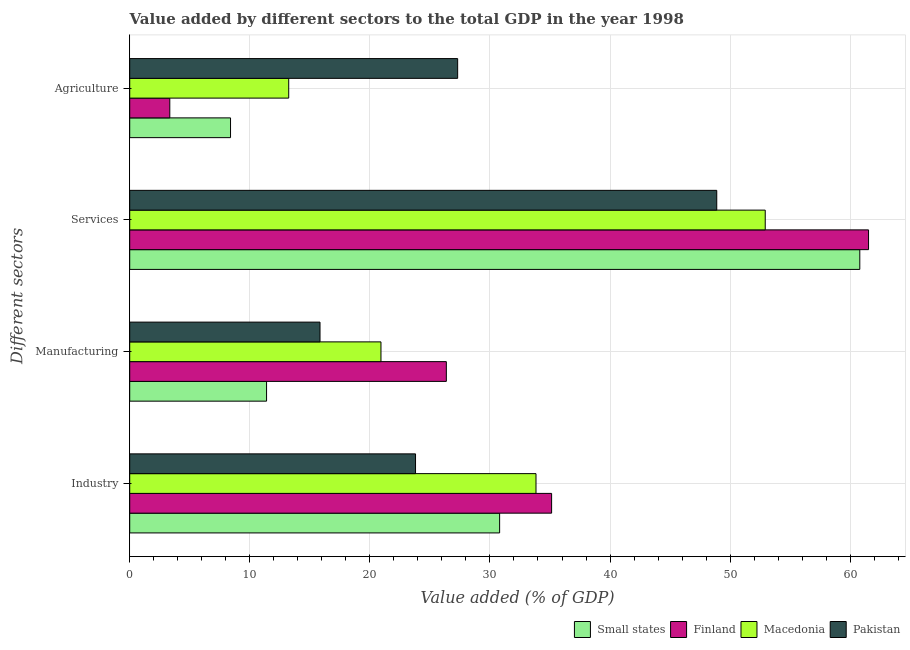
| Different sectors | Small states | Finland | Macedonia | Pakistan |
 | --- | --- | --- | --- | --- |
 | Industry | 30.8 | 35.1 | 33.8 | 23.8 |
 | Manufacturing | 11.4 | 26.4 | 20.9 | 15.8 |
 | Services | 60.8 | 61.5 | 52.9 | 48.9 |
 | Agriculture | 8.39 | 3.34 | 13.2 | 27.3 |